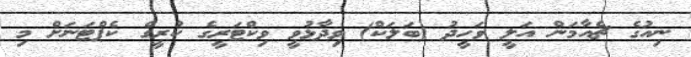
ނިއުގެ ޗެއާމަން އަލީ ވަހީދު (ބަލަކް) ވިދާޅުވީ ވިކްޓަރީގެ ކުރީގެ ކެޕްޓަނަށް މި